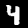
Digit: 4